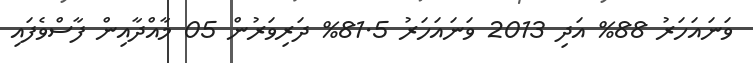
ވަނައަހަރު 88% އަދި 2013 ވަނައަހަރު 81.5% ދަރިވަރުން 05 މާއްދާއިން ފާސްވެފައި